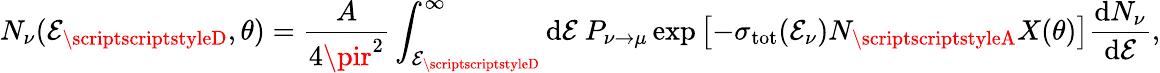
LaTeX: N_{\nu}(\mathcal{E}_{\scriptscriptstyleD},\theta)={\frac{{A}}{{4\pir^{2}}}}\int_{\mathcal{E}_{\scriptscriptstyleD}}^{\infty}\mathrm{{d}}\mathcal{E}~P_{\nu\rightarrow\mu}\exp\left[-\sigma_{\mathrm{{tot}}}(\mathcal{E}_{\nu})N_{\scriptscriptstyleA}X(\theta)\right]{\frac{{\mathrm{{d}}N_{\nu}}}{{\mathrm{{d}}\mathcal{E}}}},